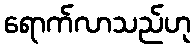
ရောက်လာသည်ဟု